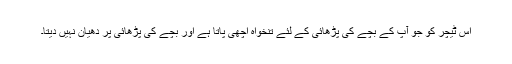
اس ٹیچر کو جو آپ کے بچے کی پڑھائی کے لئے تنخواہ اچھی پاتا ہے اور بچے کی پڑھائی پر دھیان نہیں دیتا۔